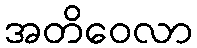
အတိဝေလာ